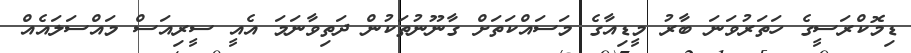
ޑިމޮކްރަސީގެ ހަތަރުވަނަ ބާރު މީޑިއާގެ މަސައްކަތަށް ގާނޫނުތަކުން ދަތިވާނަމަ އެއީ ސީރިއަސް މައްސަލައެއް